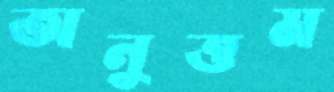
অনুত্তম